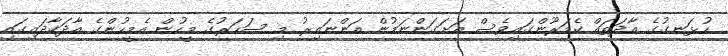
ހުޅަނގުގެ އާދަތައް ކެމަރޫންގައިވެސް އަށަގަންނަމުން އަންނައިރު މި ސަހަރުގެ މީހުން އެމީހުންގެ އާދަކާދައިގައި